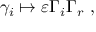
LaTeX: \gamma _ { i } \mapsto \varepsilon \Gamma _ { i } \Gamma _ { r } ~ ,